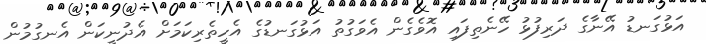
އަޅުގަނޑު އޭނާގެ ދަރިފުޅު ހޭނެތިފައި އޮވެގެން އެވަގުތު އަޅުގަނޑުގެ އެހީތެރިކަމަށް އެދުނީކަން އެނގުމުން